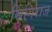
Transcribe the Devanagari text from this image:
सिंगिराज